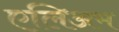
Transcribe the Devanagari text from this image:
एलिअम